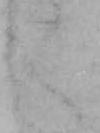
く